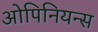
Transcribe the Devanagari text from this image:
ओपिनियन्स